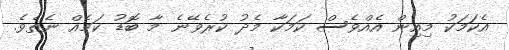
އެކަމަކު މިއިން އެއްވެސް ކަމަކާ މެދު ކުރެވޭނެ މާ ބޮޑު ކަމެއް ނެތެވެ.